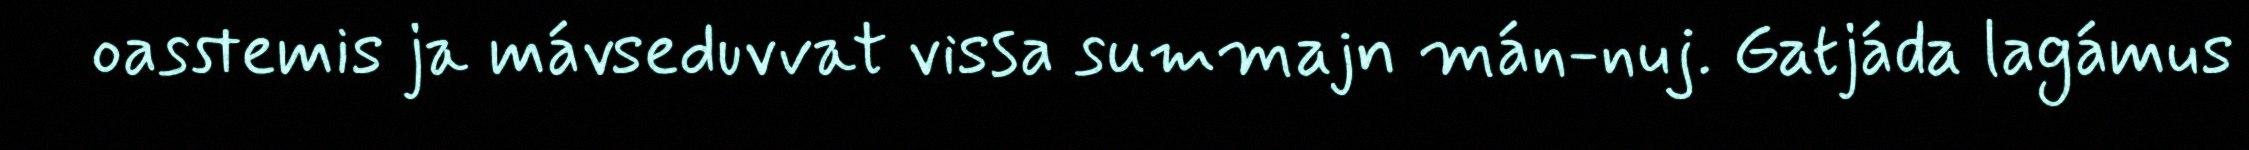
oasstemis ja mávseduvvat vissa summajn mán-nuj. Gatjáda lagámus